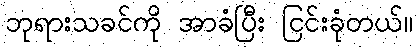
ဘုရားသခင်ကို အာခံပြီး ငြင်းခုံတယ်။